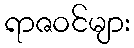
ရာဇဝင်များ